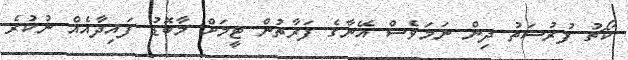
ކޯޗު ފުރުސަތު ދިން ނަމަވެސް އޭނާގެ ފަރާތުން ޓީމަށް މާބޮޑު ފައިދާއެއް ނުކުރެ